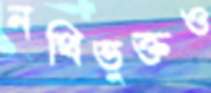
নথিভুক্তও